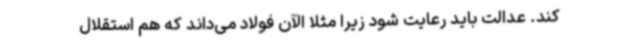
کند. عدالت باید رعایت شود زیرا مثلا الآن فولاد می‌داند که هم استقلال